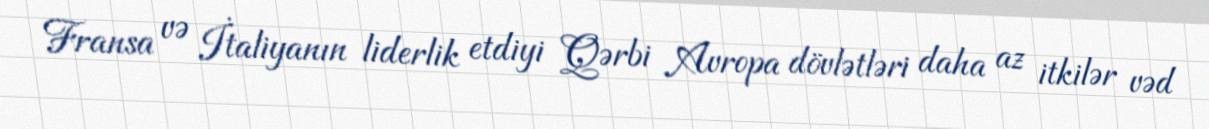
Fransa və İtaliyanın liderlik etdiyi Qərbi Avropa dövlətləri daha az itkilər vəd